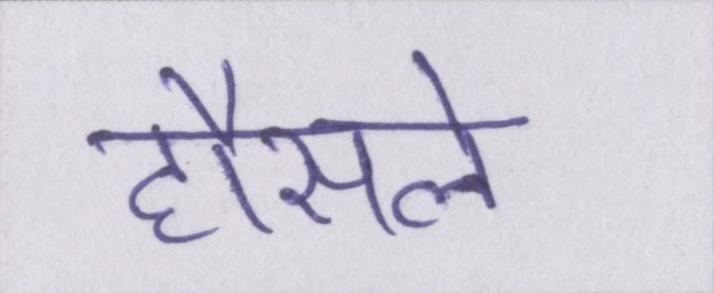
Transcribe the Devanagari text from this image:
हौसले